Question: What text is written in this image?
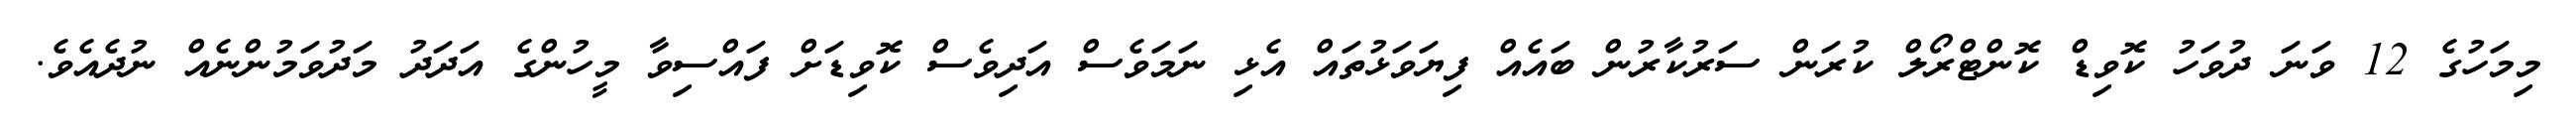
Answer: މިމަހުގެ 12 ވަނަ ދުވަހު ކޮވިޑް ކޮންޓްރޯލް ކުރަން ސަރުކާރުން ބައެއް ފިޔަވަޅުތައް އެޅި ނަމަވެސް އަދިވެސް ކޮވިޑަށް ފައްސިވާ މީހުންގެ އަދަދު މަދުވަމުންނެއް ނުދެއެވެ.